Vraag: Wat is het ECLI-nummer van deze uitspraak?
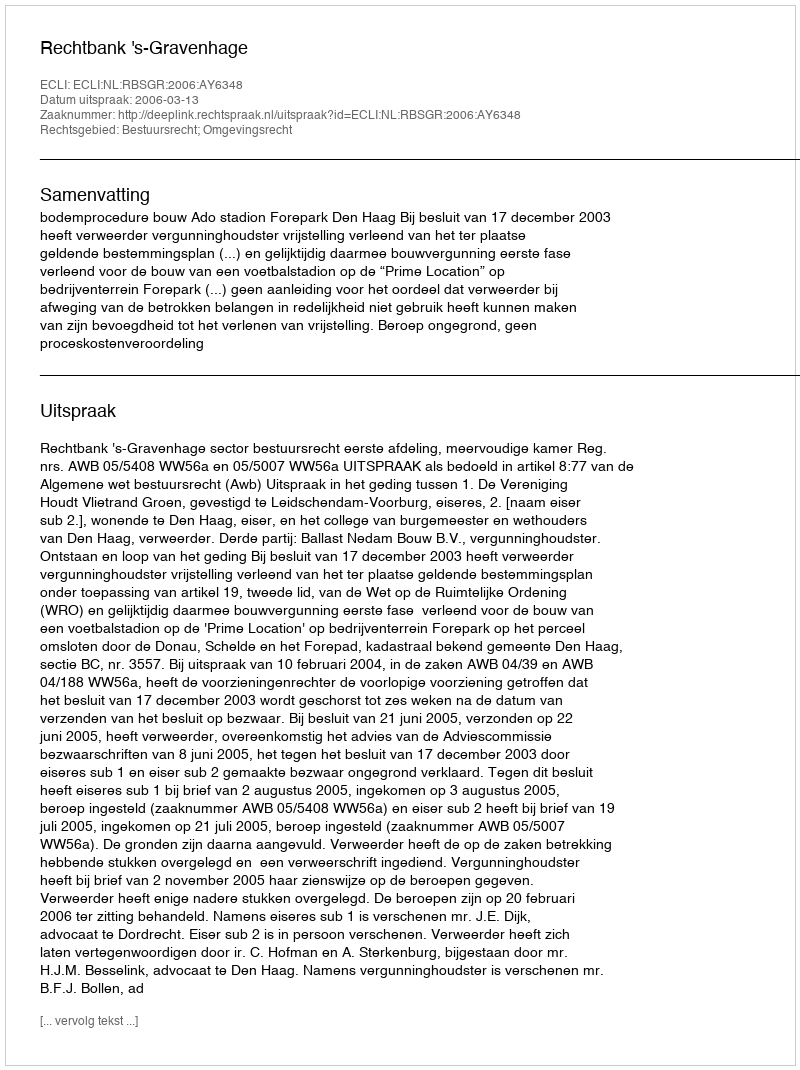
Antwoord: ECLI:NL:RBSGR:2006:AY6348